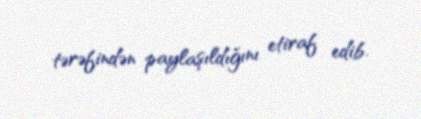
tərəfindən paylaşıldığını etiraf edib.